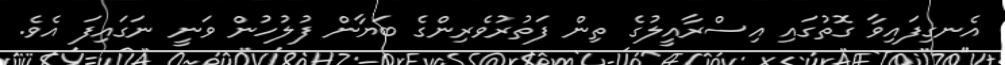
އެނގިފައިވާ ގޮތުގައި އިސްރާއީލުގެ ތިން ފަތުރުވެރިންގެ ބަޔާން ފުލުހުން ވަނީ ނަގައިފަ އެވެ.